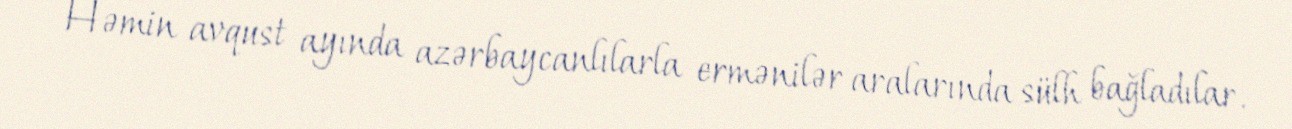
Həmin avqust ayında azərbaycanlılarla ermənilər aralarında sülh bağladılar.